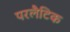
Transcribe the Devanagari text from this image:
परलैटिक